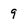
Character: 9